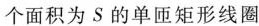
个面积为S的单匝矩形线圈